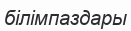
білімпаздары